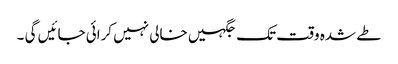
طے شدہ وقت تک جگہیں خالی نہیں کرائی جائیں گی ۔